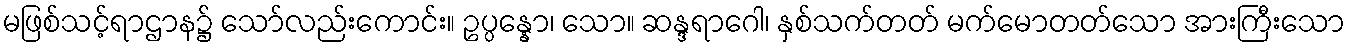
မဖြစ်သင့်ရာဌာန၌ သော်လည်းကောင်း။ ဥပ္ပန္နော၊ သော။ ဆန္ဒရာဂေါ၊ နှစ်သက်တတ် မက်မောတတ်သော အားကြီးသော